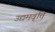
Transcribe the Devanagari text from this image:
उद्यमवृत्ति